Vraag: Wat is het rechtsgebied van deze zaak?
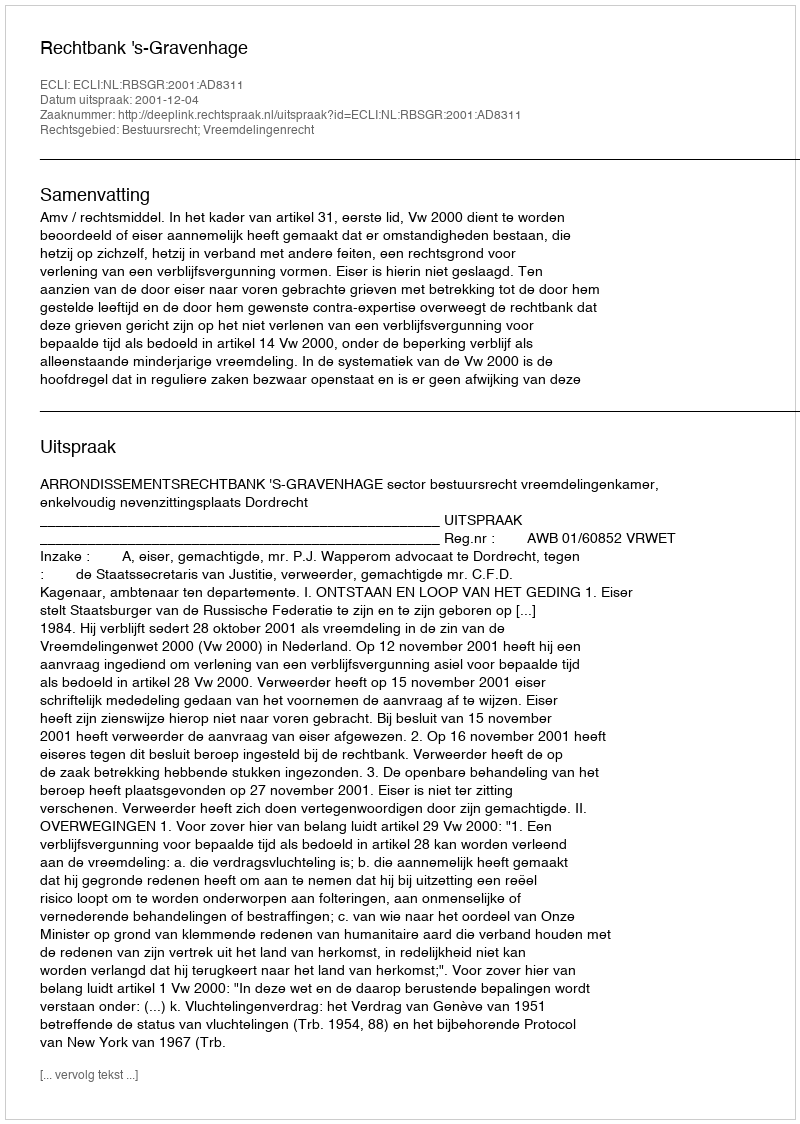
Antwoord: Bestuursrecht; Vreemdelingenrecht